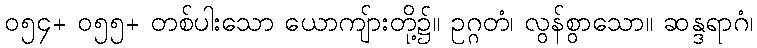
၀၅၄+ ၀၅၅+ တစ်ပါးသော ယောကျ်ားတို့၌။ ဥဂ္ဂတံ၊ လွန်စွာသော။ ဆန္ဒရာဂံ၊